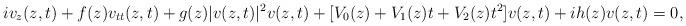
LaTeX: \begin{align*} iv_z(z,t)+f(z) v_{tt}(z,t)+g(z)|v(z,t)|^2v(z,t) + [V_0(z)+V_1(z)t+V_2(z)t^2]v(z,t)+ih(z)v(z,t)=0,\end{align*}